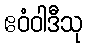
ဧဝံဝါဒီသု